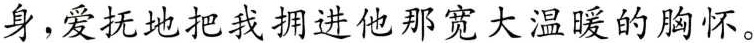
身，爱抚地把我拥进他那宽大温暖的胸怀。